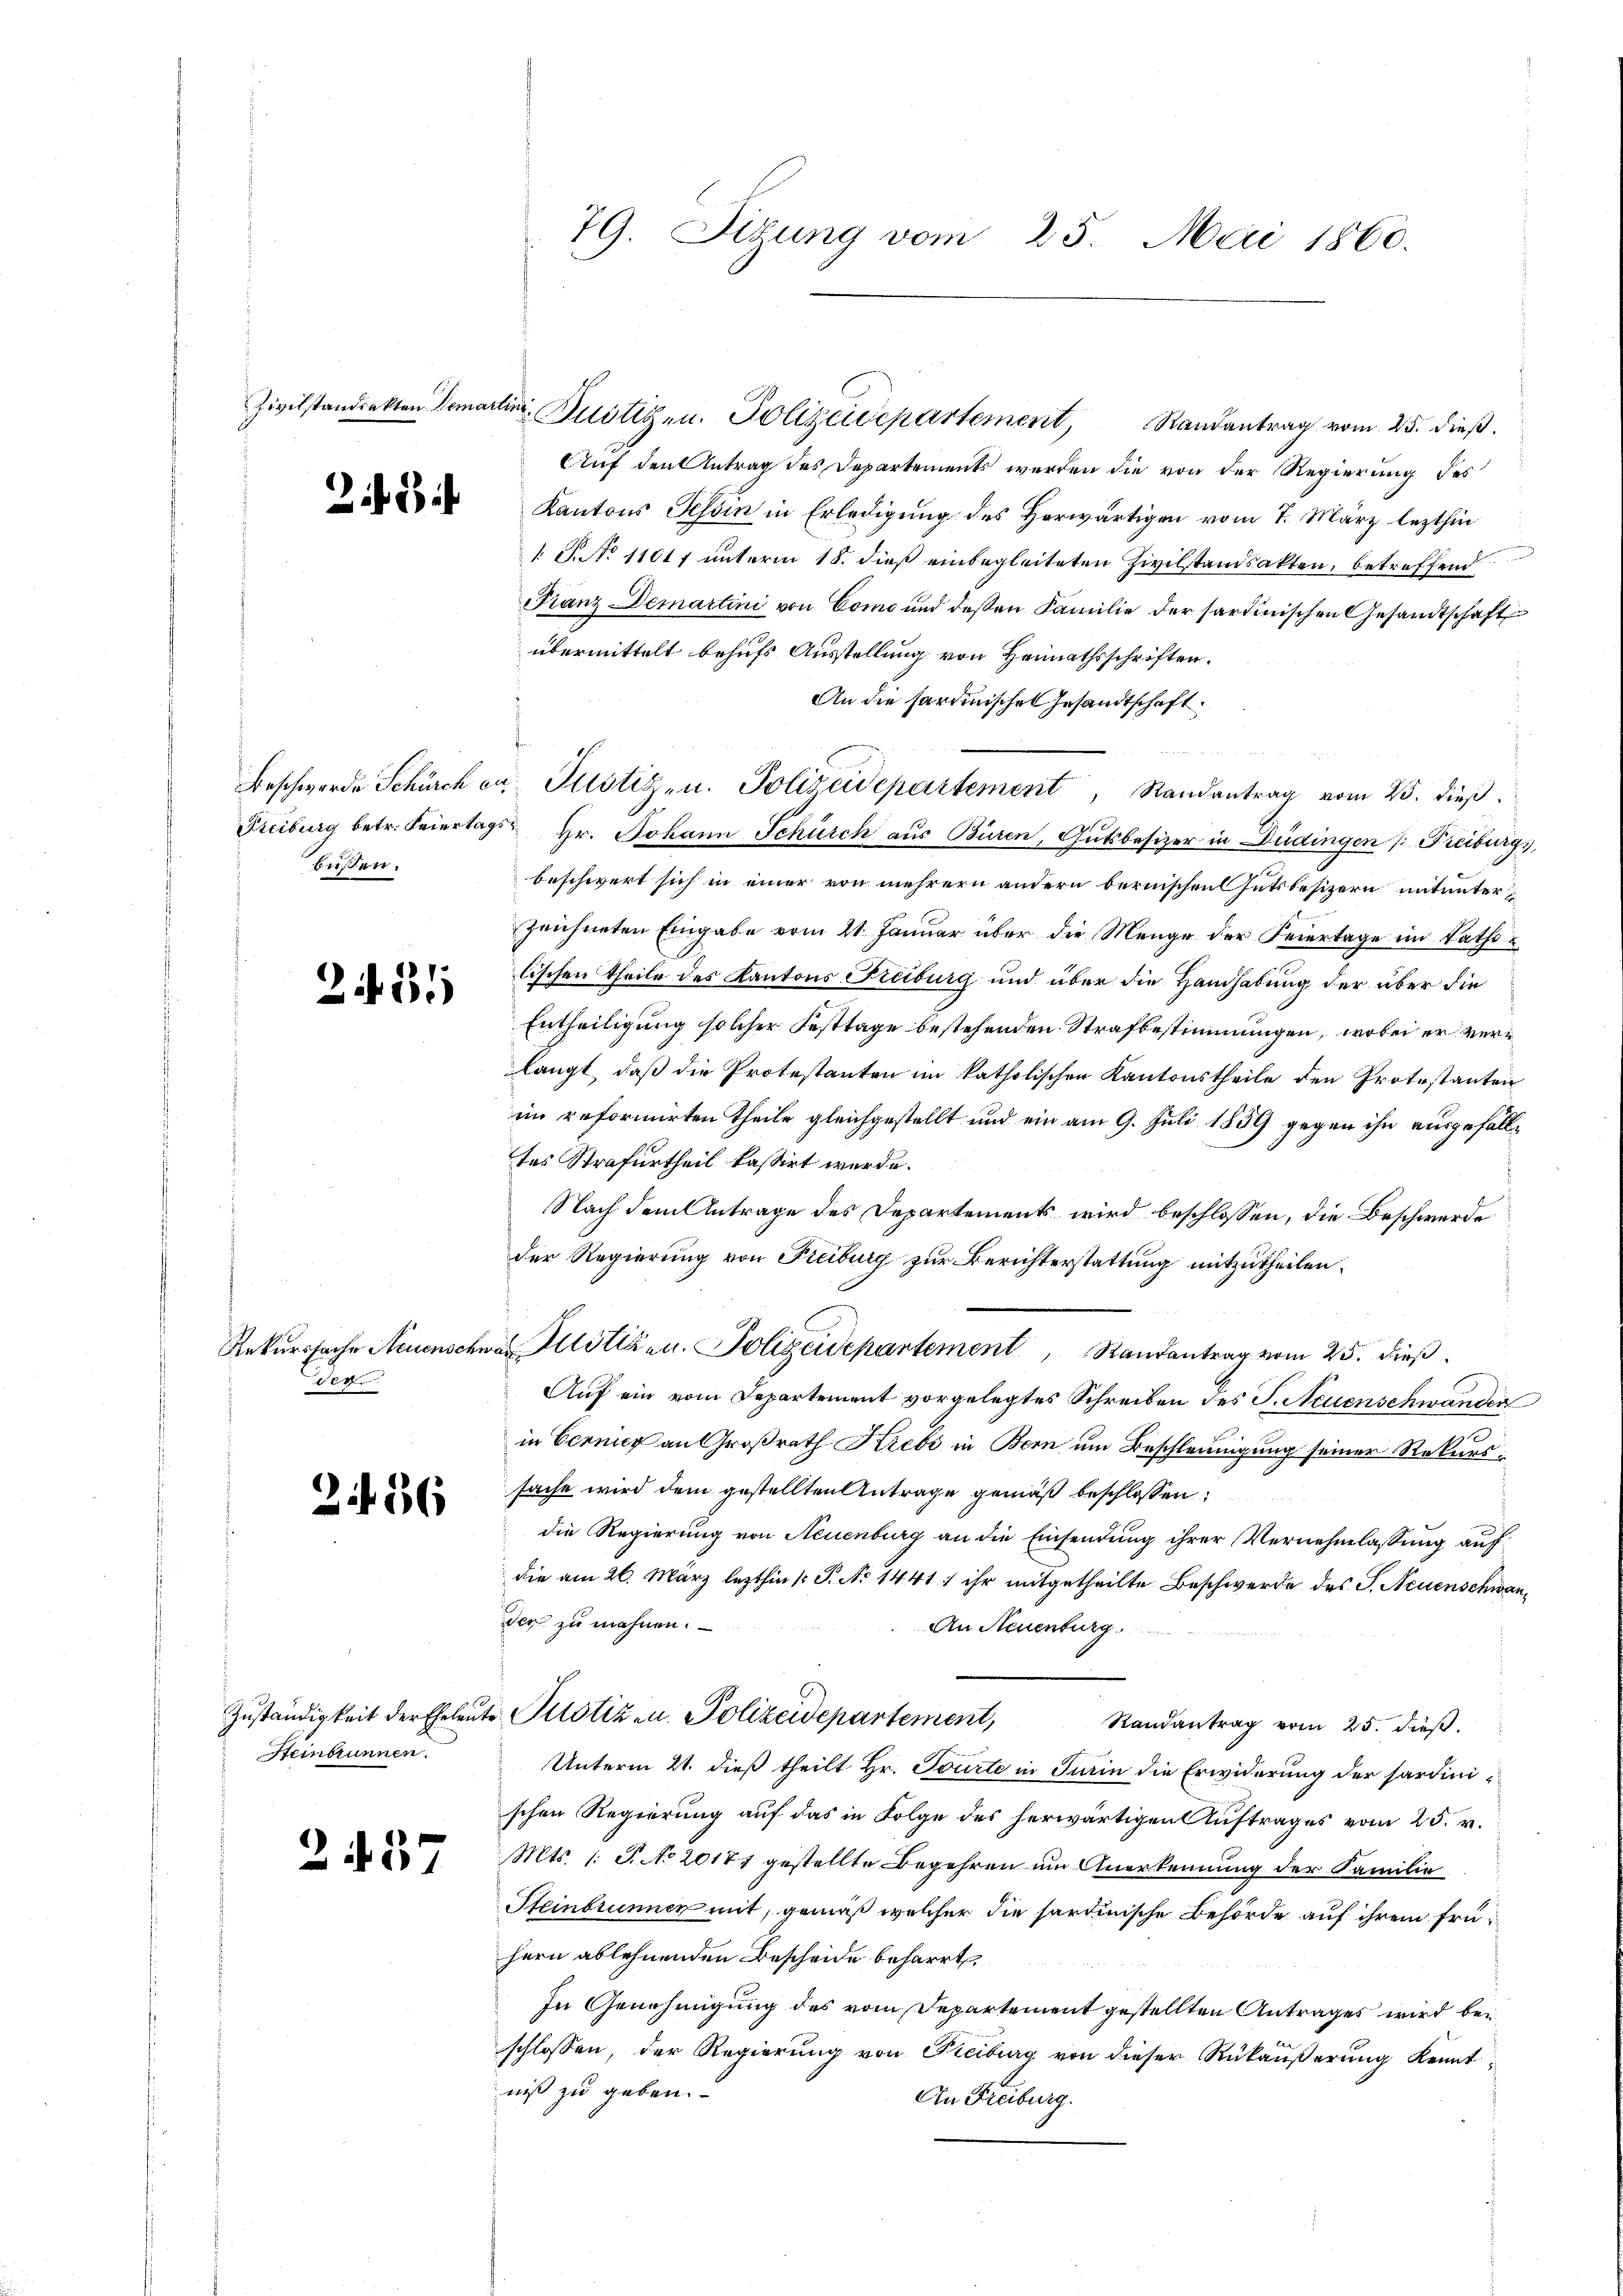
28

bissen.

24. 21

Rekurssache Neuensch
der

236

Zuständigkeit der Eheleu¬
Steinbrunnen.

2457

Auf den Antrag des Departements werden die von der Regierung des
Kantons Tessin in Erledigung des Herwärtigen vom 7. März lezthin
 J. No 11017 unterm 18. dieß einbegleiteten Zivilstandsakten, betreffend
Franz Demartini von Como und deßen Familie der sartinischen Gesandtschaft
übermittelt behufs Ausstellung von Heimathsschriften.
An die sardinischen Gesandtschaft
Freiburg betr. Feiertags Hr. Johann Schürch aus Büren, Gutsbesizer in Düdingen /: Freiburgs,
beschwert sich in einer von mehrern andern bernischen Gutsbesizern mitunterzeichneten Eingabe vom 21 Januar über die Menge der Feiertage im Rathslischen Theile des Kantons Freiburg und über die Handhabung der über die
Entheiligung solcher Festtage bestehenden Strafbestimmungen, wobei er verlangt, daß die Protestanten im katholischen Kantonstheile den Protestanten
im reformirten Theile gleichgestellt und ein am 9. Juli 1859 gegen ihn ausgefälltes Strafurtheil kassirt wurde.
Nach dem Antrage des Departements wird beschlossen, die Beschwerde
der Regierung von Freiburg zur Berichterstattung mitzutheilen.
was Justizen. Polizeidepartement, Randantrag vom 25. dieß
Auf ein vom Departement vorgelegtes Schreiben des J. Neuenschwander
in Cernicz an Großrath Krebs in Bern um Beschleunigung seiner Rekurssache wird dem gestellten Antrage gemäß beschlossen:
die Regierung von Neuenburg an die Einsendung ihrer Vernehmlassung auf
die am 26. März lezthin 1 S. No 1441 ) ihr mitgetheilte Beschwerde des S. Neuenschwander zu mahnen.
An Neuenburg
 Potizen. Polizeidepartement, Randantrag vom 25. dieβ.
Unterm 21. dieß theilt Hr. Tourte in Turin die Erwiderung der hardinischen Regierung auf das in Folge des herwärtigen Auftrages vom 25. v.
Mts. 1. J. No 20171 gestellte Begehren um Anerkennung der Familie
Steinbrunnen mit, gemäß welcher die sardinische Behörde auf ihrem frühern ablehnenden Bescheide beharrt
In Genehmigung des vom Departement gestellten Antrages wird bei
schlossen, der Regierung von Freiburg von dieser Rükäußerung kenntniß zu geben.
An Freiburg.

79. Situng vom 25. Mai 1860.

Beschwerde Schürch ca Plistiz- u. Polizeidepartement, Randantrag vom 25. dieβ.

Zivilstandekten Demartin Zustigen. Polizeidepartement, Randantrag vom 25. dieß.